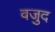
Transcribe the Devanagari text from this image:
वजुद